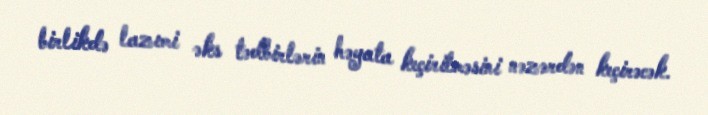
birlikdə lazımi əks tədbirlərin həyata keçirilməsini nəzərdən keçirəcək.